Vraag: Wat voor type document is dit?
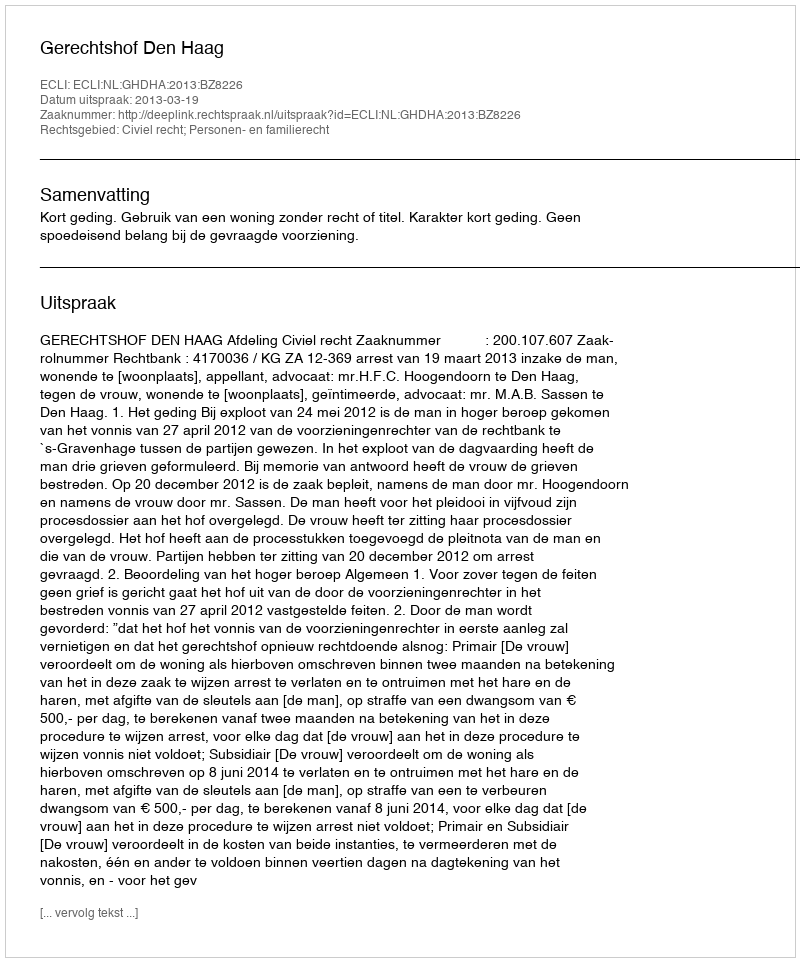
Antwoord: Uitspraak